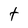
Character: t